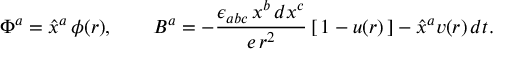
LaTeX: \Phi ^ { a } = \hat { x } ^ { a } \, \phi ( r ) , \qquad B ^ { a } = - \frac { \epsilon _ { a b c } \, x ^ { b } \, d x ^ { c } } { e \, r ^ { 2 } } \, [ \, 1 - u ( r ) \, ] - \hat { x } ^ { a } v ( r ) \, d t .